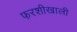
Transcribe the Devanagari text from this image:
फरशीखाली